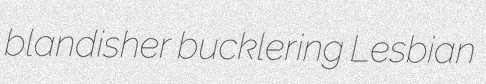
blandisher bucklering Lesbian